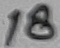
Text: 18